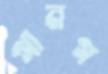
গানগ